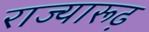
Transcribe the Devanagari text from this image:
राज्यारूढ़